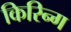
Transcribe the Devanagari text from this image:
किरिन्ग